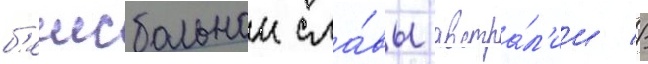
б'еисбольнои сла́вы австра́л'ии //